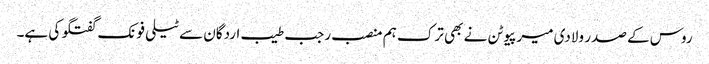
روس کے صدر ولادی میر پیوٹن نے بھی ترک ہم منصب رجب طیب اردگان سے ٹیلی فونک گفتگو کی ہے۔